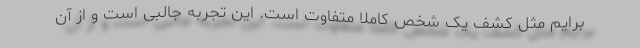
برایم مثل کشف یک شخص کاملا متفاوت است. این تجربه جالبی است و از آن